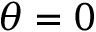
\theta = 0